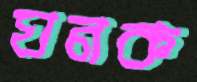
ঘনক